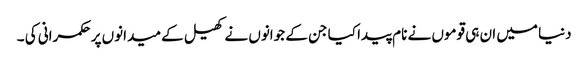
دنیا میں ان ہی قوموں نے نام پیدا کیا جن کے جوانوں نے کھیل کے میدانوں پر حکمرانی کی ۔